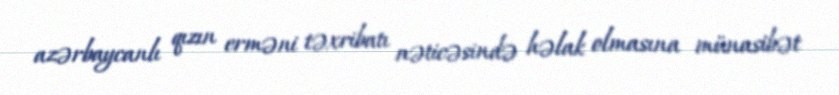
azərbaycanlı qızın erməni təxribatı nəticəsində həlak olmasına münasibət